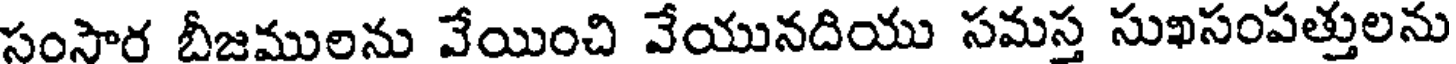
సంసార బీజములను వేయించి వేయునదియు సమస్త సుఖసంపత్తులను